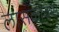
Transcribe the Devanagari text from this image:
लासकॉक्स